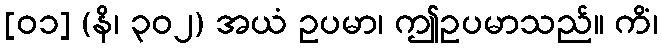
[၀၁] (နိ၊ ၃၀၂) အယံ ဥပမာ၊ ဤဥပမာသည်။ ကိံ၊